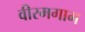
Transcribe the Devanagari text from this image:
वीरमगाम